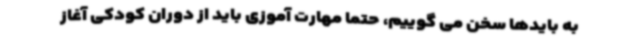
به بایدها سخن می گوییم، حتما مهارت آموزی باید از دوران کودکی آغاز